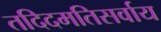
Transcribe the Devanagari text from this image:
तदिदमतिसर्वाय